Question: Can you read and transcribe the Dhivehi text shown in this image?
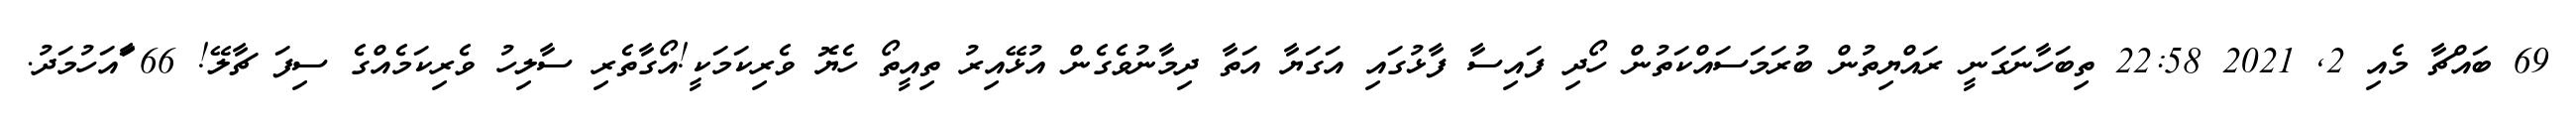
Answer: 69 ބައްޗާ މެއި 2, 2021 22:58 ތިބަހާނަގަނީ ރައްޔިތުން ބުރަމަސައްކަތުން ހޯދި ފައިސާ ފާޅުގައި އަގަޔާ އަތާ ދިމާނުވެގެން އުޅޭއިރު ތިއީތޯ ހެޔޮ ވެރިކަމަކީ!އޯގާތެރި ސާލިހު ވެރިކަމެއްގެ ސިފަ ޗާލޭ! 66 ާައަހުމަދު.